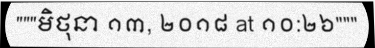
"""មិថុនា ១៣, ២០១៨ at ១០:២៦"""